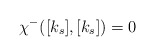
\begin{align*} \chi^-([k_s],[k_s])=0 \end{align*}